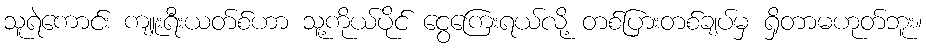
သူရဲကောင်း ကျူးရီးယတ်စ်ဟာ သူ့ကိုယ်ပိုင် ငွေကြေးရယ်လို့ တစ်ပြားတစ်ချပ်မှ ရှိတာမဟုတ်ဘူး။